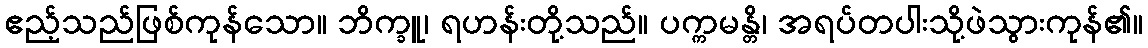
ဧည့်သည်ဖြစ်ကုန်သော။ ဘိက္ခူ၊ ရဟန်းတို့သည်။ ပက္ကမန္တိ၊ အရပ်တပါးသို့ဖဲသွားကုန်၏။